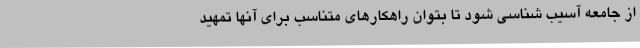
از جامعه آسیب شناسی شود تا بتوان راهکارهای متناسب برای آنها تمهید